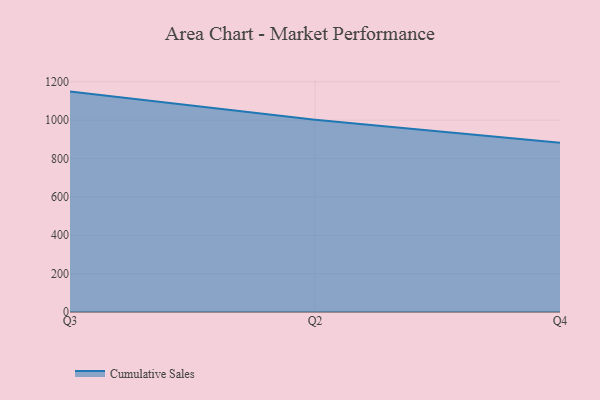
{"axis": {"x": "Quarter", "y": "Active Users"}, "legend": ["Cumulative Sales"], "data": [{"x": "Q3", "y": 1148.7, "type": "Cumulative Sales"}, {"x": "Q2", "y": 1001.7, "type": "Cumulative Sales"}, {"x": "Q4", "y": 881.8, "type": "Cumulative Sales"}]}